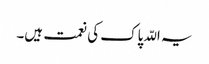
یہ اللّہ پاک کی نعمت ہیں۔